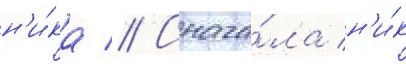
н'и́ка // Снача́ла н'и́к